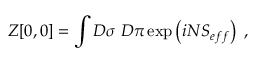
Z [ 0 , 0 ] = \int D \sigma \ D \pi \exp \left( i N S _ { e f f } \right) \ ,